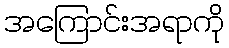
အကြောင်းအရာကို